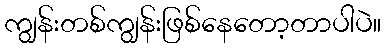
ကျွန်းတစ်ကျွန်းဖြစ်နေတော့တာပါပဲ။